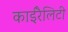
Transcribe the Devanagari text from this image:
काईरैलिटी